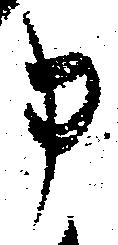
申